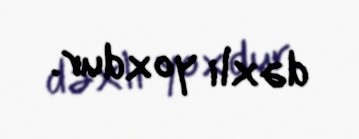
dəxli yoxdur.